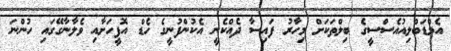
އެމްޑަބްލިއުއެސްސީގެ ބިލްތަކަށް މިހާރު ފައިސާ ދެއްކެނީ އެކުންފުނީގެ ހެޑް އޮފީހަށާއި ވެލާނާގޭގައި ހުންނަ